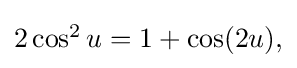
{\textstyle 2\cos ^{2}u=1+\cos(2u),}